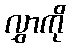
လွှာကို